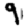
Digit: 9